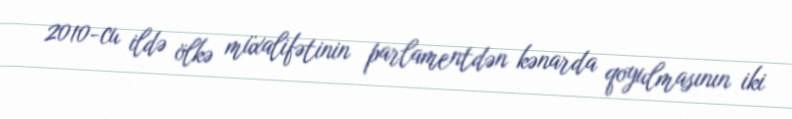
2010-cu ildə ölkə müxalifətinin parlamentdən kənarda qoyulmasının iki